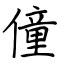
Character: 僮